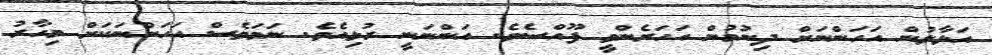
އަޅާލުން އަހަންނަށް ދިނުމުން އަހަރެންވީ ފޫއްސެވެ. އަންނަނީ ރުޅިއެވެ. ނަމަވެސް އަހަންނަކަށް މިހާރު